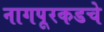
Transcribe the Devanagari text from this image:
नागपूरकडचे